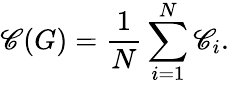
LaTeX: \mathscr{C}(G)=\frac{{1}}{{N}}\sum_{i=1}^{N}\mathscr{C}_{i}.